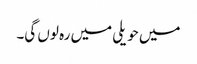
میں حویلی میں رہ لوں گی۔